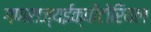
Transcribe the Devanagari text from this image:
गणराज्यईक्वीटोरियल